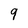
Character: 9